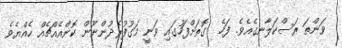
ވަންތަ ރަސްކަލާނގެއެވެ. ފަހެ  ގޮތަށްފަހުގައި ވަނީ މަގުފުރެދުންނޫން ކޮންއެއްޗެއް ހެއްޔެވެ